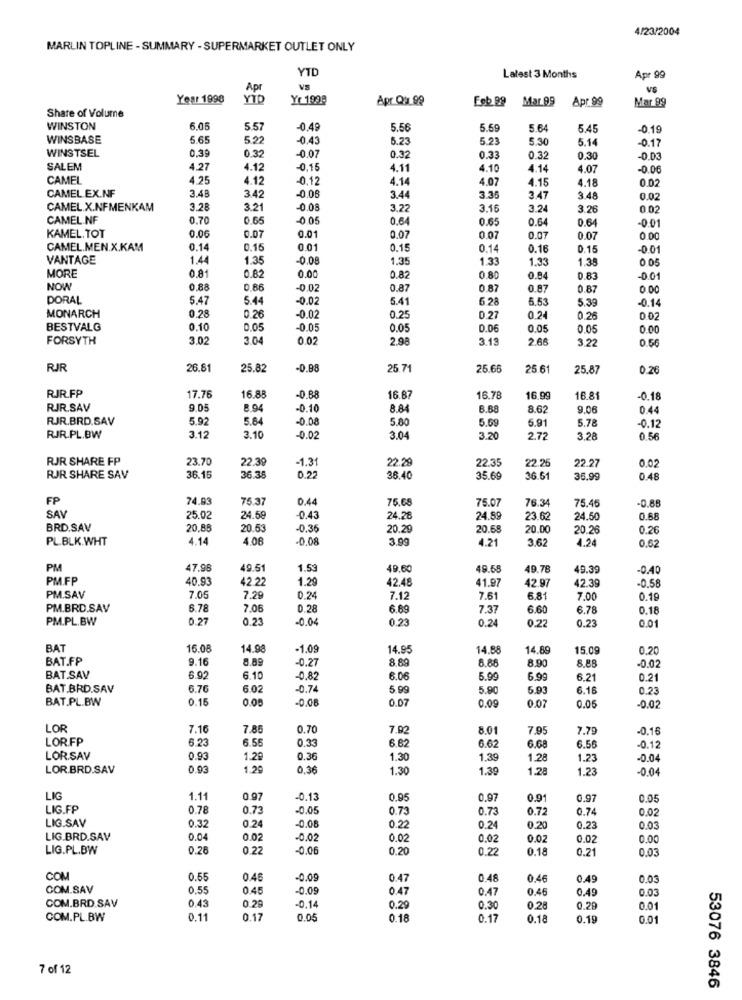
4/23/2004
MARLIN TOPLINE - SUMMARY - SUPERMARKET OUTLET ONLY
YTD
Latest 3 Months
Apr 99
Apr
VS
Year 1998
Yr 1998
Apr Q:1 99
Feb 99
Mar 99
Share of Volume
Mar 99 Apr.99
WINSTON
6.05
5.57
-0.49
5.56
5.59
5.64
5.45
-0.19
WINSBASE
5.65
52
-0.43
5.23
5.23
5.30
5.14
-0.17
WINSTSEL
0.39
0.32
-0.07
0.32
0.33
0.32
0,30
-0.03
SALEM
4.27
4.12
-0.15
4.11
4.10
4.14
4.07
-0.06
CAMEL
4.25
4.12
-0,12
4.14
4.07
1.15
4.18
0.02
CAMEL.EX.NF
3.48
3.42
-0.08
3.44
3.35
3.47
3.48
0.02
CAMEL X.NFMENKAM
3.28
3.21
-0.08
3.22
3.16
3.24
3.26
0.02
CAMEL.NF
0.70
0.65
-0 05
0.64
0.65
0.64
0.64
-0.01
0.01
KAMEL.TOT
0.06
0.07
0.07
0.07
0.07
0.07
0.00
CAMEL.MEN.X.KAM
0.14
0.16
0.01
0.1!
0.14
0.16
0.15
-0.01
VANTAGE
1.44
1.35
-0.08
1.35
1.33
1.33
1.35
00
0.81
MORE
0.82
0.00
0.82
0 80
0.84
0.83
NOW
0.88
0.66
0.02
0.87
0.87
0.87
0.87
0.00
DORAL
5.47
5.44
-0.02
5.41
6 28
5.53
5.39
0.14
MONARCH
0.28
0.26
0.02
0.25
0.27
0.24
0.2
BESTVALG
0.10
0.05
-0.05
0.05
0.06
0.05
0.05
0.00
FORSYTH
3.02
3.04
0.02
2.98
3.13
2.66
3.22
0.56
RJR
26.81
25.82
-0.88
25 71
25.66
25 61
25.87
0.26
RJR.FP
17.76
-0.88
16.8
16.87
16.78
16.99
16.81
0.18
RJR.SAV
9.05
8.94
-0.10
8.84
6.68
8.62
9.06
0.44
RJR.BRD.SAV
5.92
5.84
-0.08
5.80
5.69
6.91
5.78
-0.12
RJR.PL.BW
3.12
3.10
-0.02
3.04
3.20
2.72
3.28
0.56
RJR SHARE FP
23.70
-1.31
22.29
22.35
22.27
22.39
22.26
0.02
RJR SHARE SAV
36.16
36.38
0.22
36.40
35.69
36.51
36.99
0.48
FP
74.93
75.37
0.44
75.68
75.07
76.34
75.45
-0.88
SAV
25.0
24.6
-0.43
24.26
24.89
23.62
24.50
0.68
BRD.SAV
20.85
20.53
-0,35
20.29
20.68
20.00
20.26
0.26
PL.BLK.WHT
4.14
4.06
-0.08
3.99
4.21
3.62
4.24
0.62
PM
47.98
49.51
1.53
49.60
49.68
49.78
49.39
-0.40
PM.FP
40.93
42.22
1.29
42.48
41.97
42.97
42.39
-0.58
PM.SAV
7.05
7.29
0.24
7.12
7.61
6.81
7.00
0.19
PM.BRD.SAV
6.78
7.06
0.28
6.69
7.37
6.60
6.78
0.18
PM.PL.BW
0.27
0.23
-0.04
0.23
0.24
0.23
0.22
0.01
BAT
16.08
14.98
-1.09
14.95
14.88
14.89
15.09
0.20
BAT.FP
9.16
8.89
-0.27
8.89
8.88
8.90
8.88
-0.0
BAT.SAV
6.92
6.10
-0.82
6.06
5.99
6.99
6.21
0.21
BAT.BRD.SAV
6.70
6.02
-0.74
5 99
5.90
5.93
6.16
0.23
BAT.PL.BW
0.15
0.00
-0.08
0.07
0.09
0.07
0.05
-0.02
LOR
7.16
7.85
0.70
7.92
8.01
7.95
7.79
-0.16
LOR.FP
6.23
6.55
0.33
6.62
6.62
6.68
6.56
-0.12
LOR.SAV
0.93
1.29
0.36
1.30
1.39
1.28
1.23
-0.04
LOR.BRD.SAV
0.93
1.29
0.36
1.30
1.39
1.28
1.23
-0.0
LIG
1.11
0.97
-0.13
0.95
0.97
0.91
0.97
0.05
LIG.FP
0.78
0.73
-0.05
0.73
0.73
0.72
0.74
0,02
LIG.SAV
-0.06
0.32
0.24
0.22
0.24
0.20
0.23
0.03
LIG.BRD.SAV
0.04
0.02
-0.02
0.02
0.02
0.02
0.02
0.00
LIG.PL.BW
0.26
0.22
-0.06
0.20
0.22
0.18
0.21
0.03
COM
0.55
0.46
-0.05
0.47
0.48
0.46
0.49
0.03
COM.SAV
0.55
0.45
-0.05
0.47
0.47
0.46
0.49
0.03
0.29
COM.BRD.SAV
0.43
-0.14
0.29
0.30
0.28
0.29
0.01
COM.PL.BW
0.11
0.17
0.05
0.18
0.17
0.18
0.19
0.01
7 of 12
53076 3846